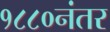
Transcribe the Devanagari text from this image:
१८८०नंतर